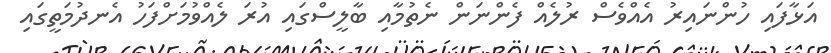
އަޅާފައި ހުންނައިރު އެއްވެސް ރުލެއް ފެންނަން ނެތުމާއި ބާލީސްގައި އުރަ ލެއްވުމަށްފަހު އެނދުމަތީގައި